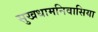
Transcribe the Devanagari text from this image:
सुखधामनिवासिया